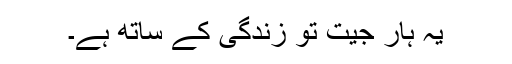
یہ ہار جیت تو زندگی کے ساتھ ہے۔